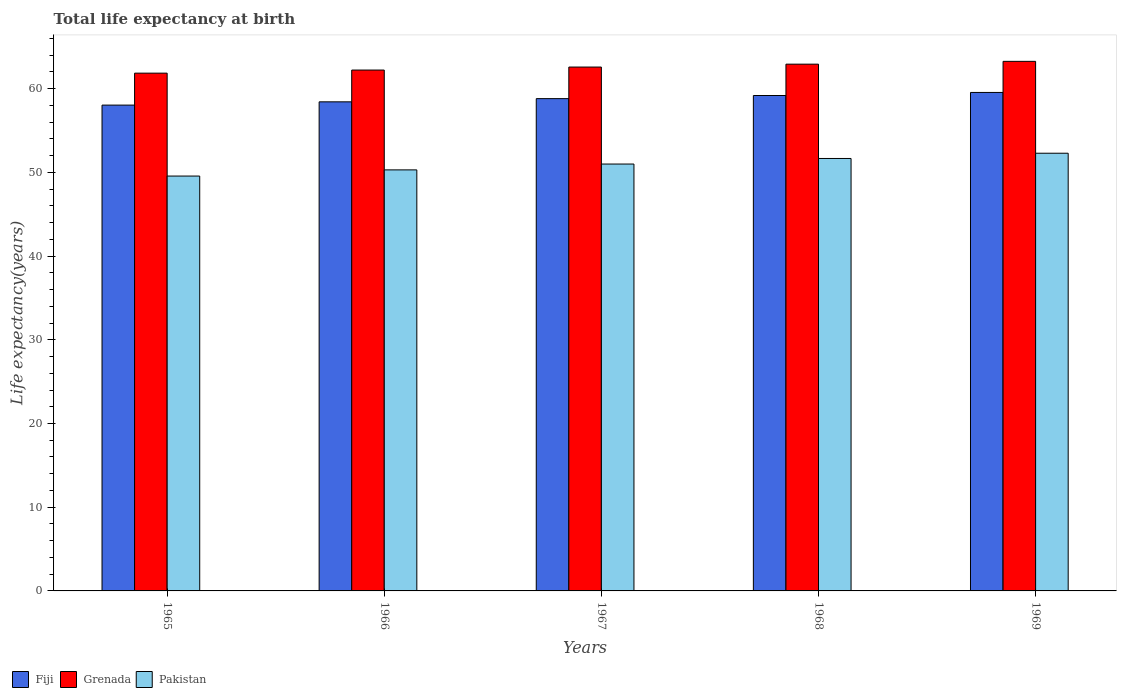
| Years | Fiji | Grenada | Pakistan |
 | --- | --- | --- | --- |
 | 1965 | 58 | 61.9 | 49.6 |
 | 1966 | 58.4 | 62.2 | 50.3 |
 | 1967 | 58.8 | 62.6 | 51 |
 | 1968 | 59.2 | 62.9 | 51.7 |
 | 1969 | 59.5 | 63.3 | 52.3 |